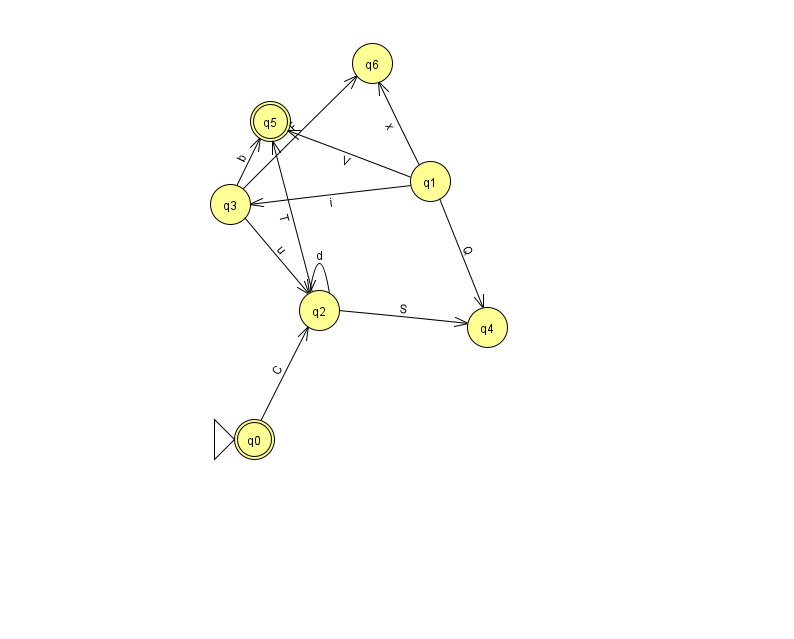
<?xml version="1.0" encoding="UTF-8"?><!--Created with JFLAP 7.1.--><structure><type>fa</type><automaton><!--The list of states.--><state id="0" name="q0"><x>254.0</x><y>426.0</y><initial/><final/></state><state id="1" name="q1"><x>430.0</x><y>168.0</y></state><state id="2" name="q2"><x>319.0</x><y>297.0</y></state><state id="3" name="q3"><x>230.0</x><y>191.0</y></state><state id="4" name="q4"><x>487.0</x><y>314.0</y></state><state id="5" name="q5"><x>270.0</x><y>108.0</y><final/></state><state id="6" name="q6"><x>372.0</x><y>50.0</y></state><!--The list of transitions.--><transition><from>3</from><to>6</to><read>F</read></transition><transition><from>1</from><to>6</to><read>x</read></transition><transition><from>2</from><to>5</to><read>T</read></transition><transition><from>1</from><to>4</to><read>Q</read></transition><transition><from>2</from><to>2</to><read>d</read></transition><transition><from>1</from><to>3</to><read>i</read></transition><transition><from>3</from><to>2</to><read>u</read></transition><transition><from>3</from><to>5</to><read>b</read></transition><transition><from>2</from><to>4</to><read>S</read></transition><transition><from>0</from><to>2</to><read>C</read></transition><transition><from>1</from><to>5</to><read>V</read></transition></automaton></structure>